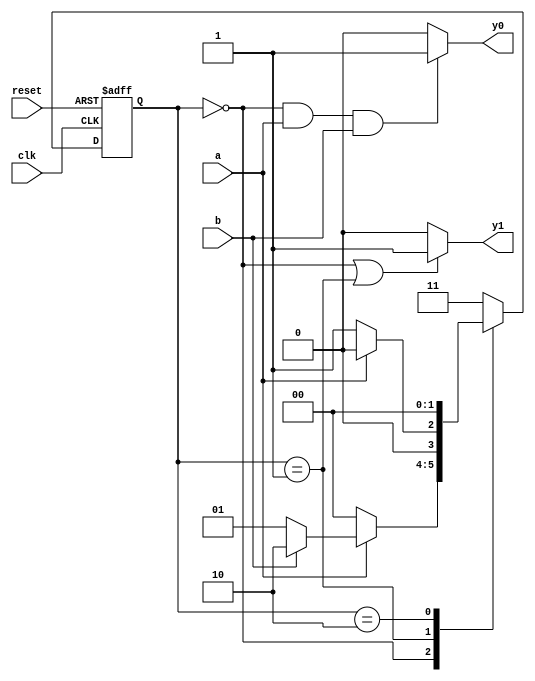
module FSM1 
(
    input wire clk, reset,
    input wire a, b,
    output reg y0, y1
);

localparam [1:0] s0 = 2'b00,
                 s1 = 2'b01,
                 s2 = 2'b10,
                 error = 2'b11;

reg [1:0] state_reg, state_next;

//Memory
always @(posedge clk, posedge reset)
    if(reset)
        state_reg <= s0;
    else
        state_reg <= state_next;

//Next State Logic
always@(*)
begin
    $monitor("state_reg = %b\n clk = %b, reset = %b, a = %b, b = %b | y0 = %b, y1 = %b\n", state_reg, clk, reset, a, b, y0, y1);
    
    case(state_reg)
        s0: if(a)
                if(b)
                    state_next = s2;
                else
                    state_next = s1;
            else
                state_next = s0;
        s1: if(a)
                state_next = s0;
            else   
                state_next = s1;
        s2: state_next = s0;
        default: state_next = error;
    endcase
end

//output logic
always@(*)
begin
    if(state_reg==s0 || state_reg==s1)
        y1 = 1;
    else
        y1 = 0;

    if(state_reg==s0 && a==1 && b==1)
        y0 = 1;
    else
        y0 = 0;
end

endmodule